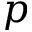
p